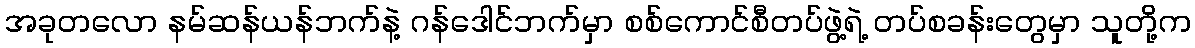
အခုတလော နမ်ဆန်ယန်ဘက်နဲ့ ဂန်ဒေါင်ဘက်မှာ စစ်ကောင်စီတပ်ဖွဲ့ရဲ့ တပ်စခန်းတွေမှာ သူတို့က